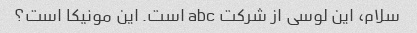
سلام، این لوسی از شرکت abc است. این مونیکا است؟